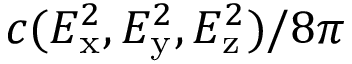
c ( E _ { \mathrm { x } } ^ { 2 } , E _ { \mathrm { y } } ^ { 2 } , E _ { \mathrm { z } } ^ { 2 } ) / 8 \pi